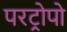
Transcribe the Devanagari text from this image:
परट्रोपो